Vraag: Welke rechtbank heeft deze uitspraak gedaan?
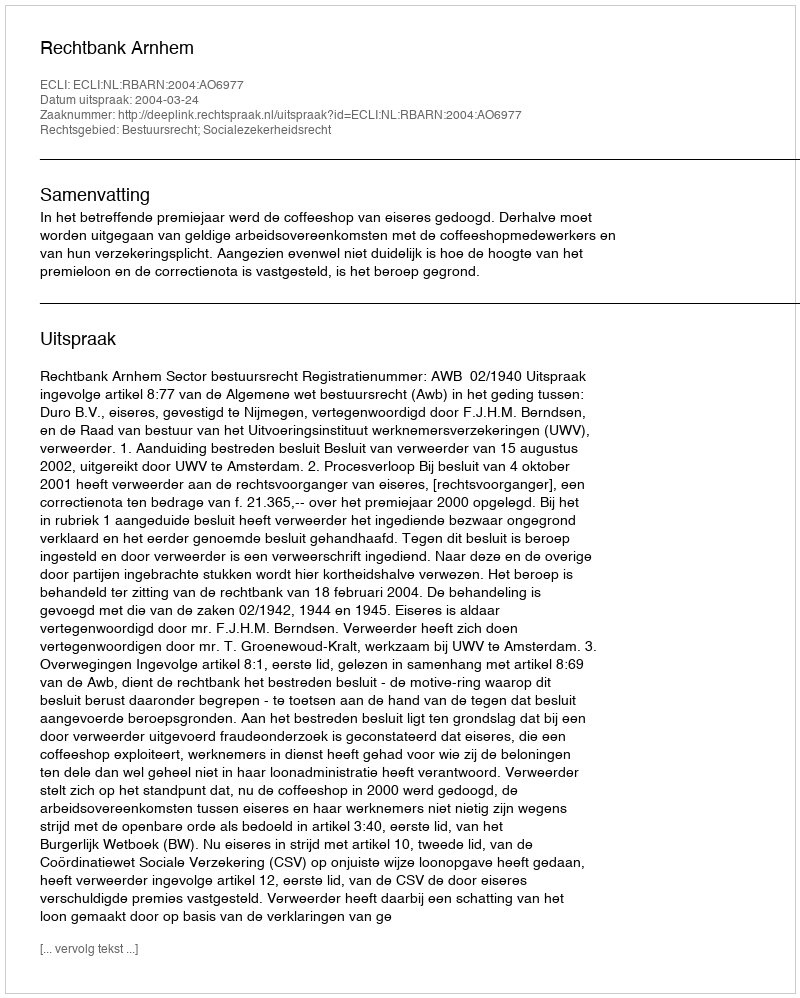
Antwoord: Rechtbank Arnhem